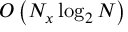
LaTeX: O \left( N _ { x } \log _ { 2 } N \right)